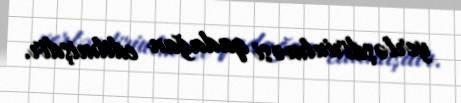
yerləşdiriulməsi qadağan edilmişdir.